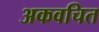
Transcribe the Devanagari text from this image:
अकवचित